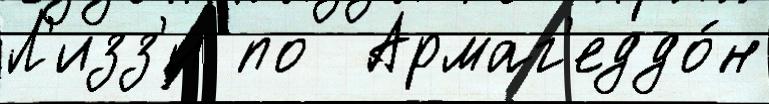
Л'изз'и по  Армаг'еддо́н